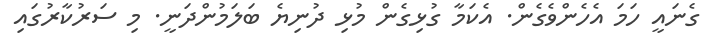
ގެނައީ ހަމަ އެހެންވެގެން. އެކަމާ ގުޅިގެން މުޅި ދުނިޔެ ބަލަމުންދަނީ. މި ސަރުކާރުގައި